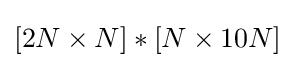
[2N\times N]\ast [N\times 10N]